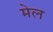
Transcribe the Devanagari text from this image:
मेल